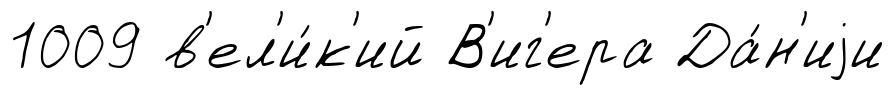
1009 в'ел'и́к'ий В'иг'ера Да́н'иjи